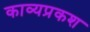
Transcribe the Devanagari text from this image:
काव्यप्रकश